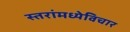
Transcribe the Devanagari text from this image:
स्तरांमध्येविचार